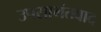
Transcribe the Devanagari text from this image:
उपसामंतवाद